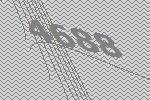
4688